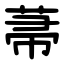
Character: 菷